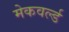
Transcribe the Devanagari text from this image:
मेकवर्ल्ड